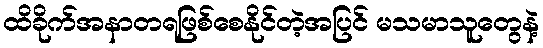
ထိခိုက်အနာတရဖြစ်စေနိုင်တဲ့အပြင် မသမာသူတွေနဲ့